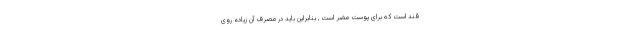
قند است که برای پوست مضر است , بنابراین باید در مصرف آن زیاده روی